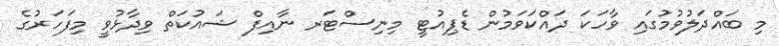
މި ބައްދަލުވުމުގައި ވާހަކަ ދައްކަވަމުން ޑެޕިއުޓީ މިނިސްޓަރ ނާއިފް ޝައުކަތް ވިދާޅުވީ މިފަހަރުގެ